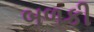
બળકી